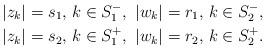
LaTeX: \begin{align*}&|z_k|=s_1,\,k\in S_1^-,\,\,|w_k|=r_1,\,k\in S_2^-,\\&|z_k|=s_2,\,k\in S_1^+,\,\,|w_k|=r_2,\,k\in S_2^+.\end{align*}